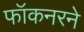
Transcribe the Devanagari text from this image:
फॉकनरने